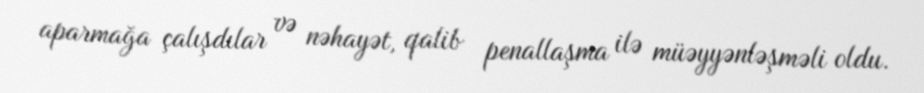
aparmağa çalışdılar və nəhayət, qalib penallaşma ilə müəyyənləşməli oldu.